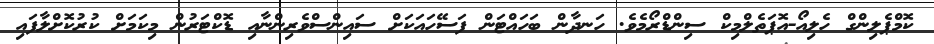
ކޮމްޕެލިންގް ހެލިއޯ-އޮޕަތެލްމިކް ސިންޑްރޯމެވެ. ހަނދާން ބަހައްޓަން ފަސޭހައަކަށް ސައިންސްވެރިންނާއި ޑޮކްޓަރުން މިކަމަށް ކުރުކޮށްލާފައި